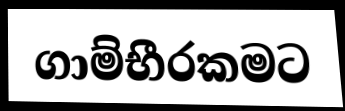
ගාම්භීරකමට